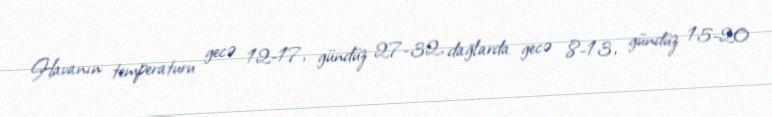
Havanın temperaturu gecə 12-17, gündüz 27-32, dağlarda gecə 8-13, gündüz 15-20